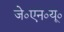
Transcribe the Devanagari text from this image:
जे०एन०यू०